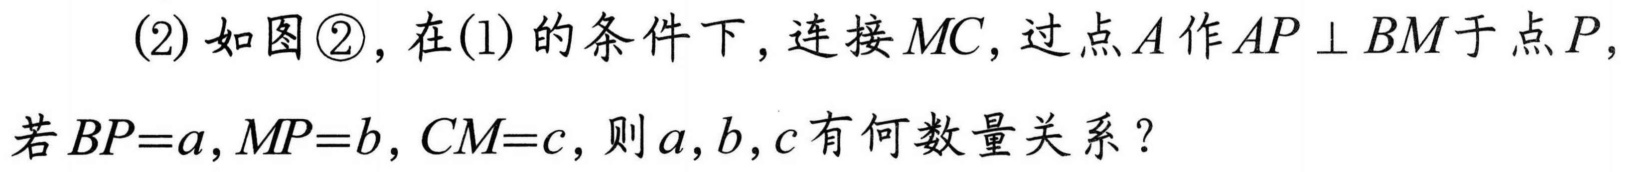
(2) 如图\textcircled{2}，在(1) 的条件下，连接 \(MC\)，过点 \(A\)作 \(AP\perp BM\)于点 \(P\)，
若 \(BP = a\)，\(MP = b\)，\(CM = c\)，则 \(a\)，\(b\)，\(c\)有何数量关系？